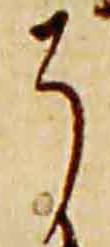
了